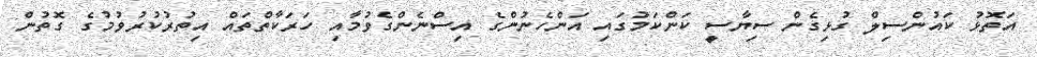
އަތޮޅު ކައުންސިލް ގުޅިގެން ސިޔާސީ ކަންކަމުގައި އަންހެނުންގެ އިސްނެންގެވުމާއި ހަރަކާތްތައް އިތުރުކުރުވުމުގެ ގޮތުން